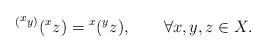
LaTeX: \begin{align*}{}^{({}^{\scriptstyle x}y)}({}^x z)={}^x({}^yz),\qquad \forall x,y,z\in X.\end{align*}